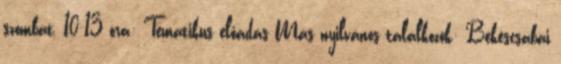
szombat, 10-13 óra: Tematikus előadás Más nyilvános találkozók: Békéscsabai